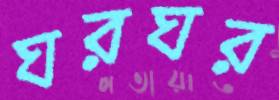
ঘরঘর